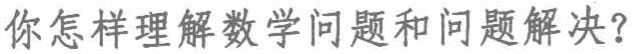
你怎样理解数学问题和问题解决？